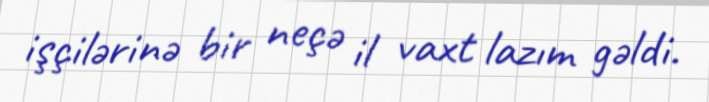
işçilərinə bir neçə il vaxt lazım gəldi.